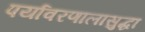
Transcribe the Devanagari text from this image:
पर्यावरणालासुद्धा